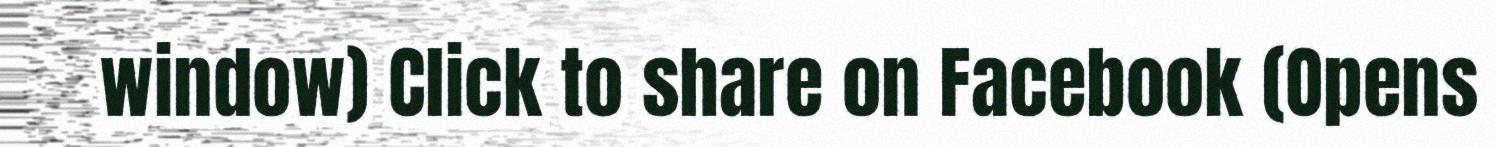
window) Click to share on Facebook (Opens